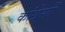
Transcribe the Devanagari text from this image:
कांग्रेसों